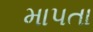
માપતા